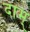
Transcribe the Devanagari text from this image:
दाम्